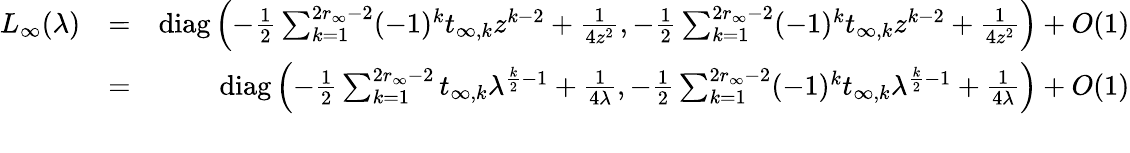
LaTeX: \begin{array}{rlr}{L_{\infty}(\lambda)}&{=}&{{\operatorname{diag}}\left(-\frac{1}{2}\sum_{k=1}^{2r_{\infty}-2}(-1)^{k}t_{\infty,k}z^{k-2}+\frac{1}{4z^{2}},-\frac{1}{2}\sum_{k=1}^{2r_{\infty}-2}(-1)^{k}t_{\infty,k}z^{k-2}+\frac{1}{4z^{2}}\right)+O(1)}\\ &{=}&{{\operatorname{diag}}\left(-\frac{1}{2}\sum_{k=1}^{2r_{\infty}-2}t_{\infty,k}\lambda^{\frac{k}{2}-1}+\frac{1}{4\lambda},-\frac{1}{2}\sum_{k=1}^{2r_{\infty}-2}(-1)^{k}t_{\infty,k}\lambda^{\frac{k}{2}-1}+\frac{1}{4\lambda}\right)+O(1)}\\ &{}&\end{array}